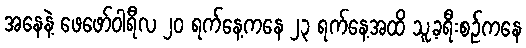
အနေနဲ့ ဖေဖော်ဝါရီလ ၂၀ ရက်နေ့ကနေ ၂၃ ရက်နေ့အထိ သူ့ခရီးစဉ်ကနေ